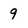
Character: 9